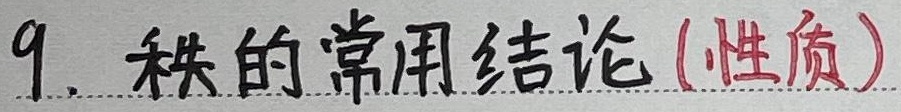
9. 秩的常用结论 (性质)